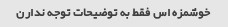
خوشمزه اس فقط به توضیحات توجه ندارن